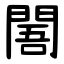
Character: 䦜